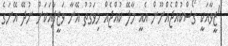
"ޒީވާއަކީ ގޯސްކުއްޖެއްނޫން އެއީ މާލޭ ކުއްޖެއް މިވަގުތު އޭނާ ވަޒީފާއަކަށް ނުދޭ އޭނަގެ